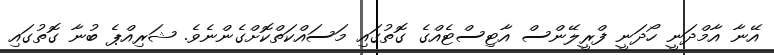
އޭނާ އާމްދަނީ ހޯދަނީ ފްރީލޭންސް އާޓިސްޓެއްގެ ގޮތުގައި މަސައްކަތްކޮށްގެންނެވެ. ޝަރިއްޕެ ބުނާ ގޮތުގައި